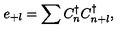
e _ { + l } = \sum C _ { n } ^ { \dagger } C _ { n + l } ^ { \dagger } ,